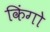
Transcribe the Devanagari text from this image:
किंगो